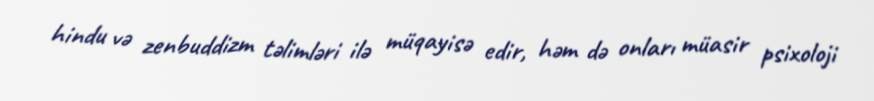
hindu və zenbuddizm təlimləri ilə müqayisə edir, həm də onları müasir psixoloji